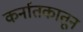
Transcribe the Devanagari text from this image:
कर्नातकातून